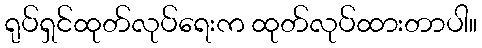
ရုပ်ရှင်ထုတ်လုပ်ရေးက ထုတ်လုပ်ထားတာပါ။